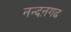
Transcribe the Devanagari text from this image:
नन्दऩगढ